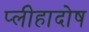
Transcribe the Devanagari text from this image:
प्लीहादोष